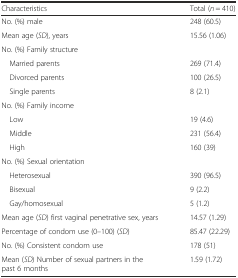
<table><thead><tr><td><b>Characteristics</b></td><td><b>Total (<i>n</i> = 410)</b></td></tr></thead><tbody><tr><td>No. (%) male</td><td>248 (60.5)</td></tr><tr><td>Mean age (<i>SD</i>), years</td><td>15.56 (1.06)</td></tr><tr><td>No. (%) Family structure</td><td></td></tr><tr><td> Married parents</td><td>269 (71.4)</td></tr><tr><td> Divorced parents</td><td>100 (26.5)</td></tr><tr><td> Single parents</td><td>8 (2.1)</td></tr><tr><td>No. (%) Family income</td><td></td></tr><tr><td> Low</td><td>19 (4.6)</td></tr><tr><td> Middle</td><td>231 (56.4)</td></tr><tr><td> High</td><td>160 (39)</td></tr><tr><td>No. (%) Sexual orientation</td><td></td></tr><tr><td> Heterosexual</td><td>390 (96.5)</td></tr><tr><td> Bisexual</td><td>9 (2.2)</td></tr><tr><td> Gay/homosexual</td><td>5 (1.2)</td></tr><tr><td>Mean age (<i>SD</i>) first vaginal penetrative sex, years</td><td>14.57 (1.29)</td></tr><tr><td>Percentage of condom use (0–100) (<i>SD</i>)</td><td>85.47 (22.29)</td></tr><tr><td>No. (%) Consistent condom use</td><td>178 (51)</td></tr><tr><td>Mean (<i>SD</i>) Number of sexual partners in the past 6 months</td><td>1.59 (1.72)</td></tr></tbody></table>